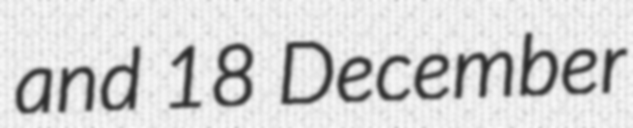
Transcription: and 18 December